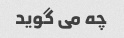
چه می گوید